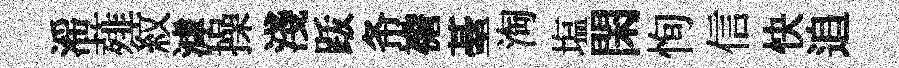
滛薤紋滹操淺䟦𢁙襜䑓淘塩閑恂信快追